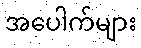
အပေါက်များ